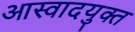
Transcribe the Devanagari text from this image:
आस्वादयुक्त